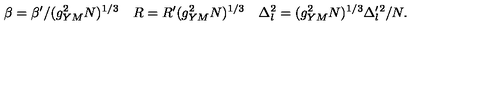
\beta = \beta ^ { \prime } / ( g _ { Y M } ^ { 2 } N ) ^ { 1 / 3 } \quad R = R ^ { \prime } ( g _ { Y M } ^ { 2 } N ) ^ { 1 / 3 } \quad \Delta _ { l } ^ { 2 } = ( g _ { Y M } ^ { 2 } N ) ^ { 1 / 3 } \Delta _ { l } ^ { \prime } { } ^ { 2 } / N .